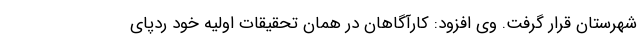
شهرستان قرار گرفت. وی افزود: کارآگاهان در همان تحقیقات اولیه خود ردپای